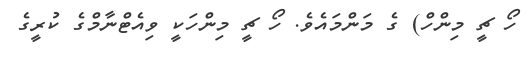
ހޯ ޗީ މިންހް) ގެ މަންމައެވެ. ހޯ ޗީ މިންހަކީ ވިއެޓްނާމްގެ ކުރީގެ